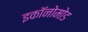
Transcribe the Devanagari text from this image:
इकॉनोमोड